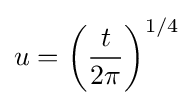
u=\left({\frac {t}{2\pi }}\right)^{1/4}